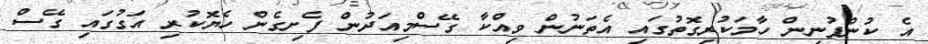
އެ ކުންފުނިން ހާމަކުރިގޮތުގައި އެތަނުން ވިއްކާ ގޭސްމިއަދުން ފެށިގެން ހެޔޮކުރި އަގުގައި ގޭސް